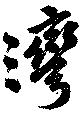
湾